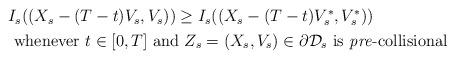
LaTeX: \begin{align*}\begin{aligned}& I_s ( (X_s - (T-t)V_s,V_s)) \geq I_s ((X_s - (T-t)V_s^*,V_s^*)) \\& \textnormal{ whenever } t \in [0,T]\textnormal{ and } Z_s =(X_s,V_s) \in \partial \mathcal{D}_s\textnormal{ is \emph{pre}-collisional}\end{aligned}\end{align*}